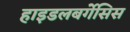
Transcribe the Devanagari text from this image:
हाइडलबर्गेसिस